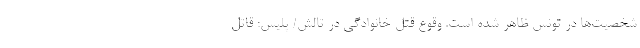
شخصیت‌ها در تونس ظاهر شده است. وقوع قتل خانوادگی در تالش/ پلیس: قاتل